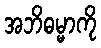
အဘိဓမ္မာကို